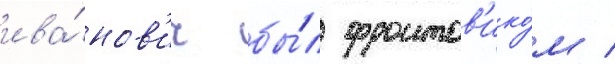
ива́нов'ич бы́л фронтов'ико́м /